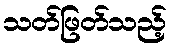
သတ်ဖြတ်သည့်